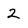
Character: 2